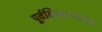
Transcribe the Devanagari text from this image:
पूर्वकिनाऱ्याच्या